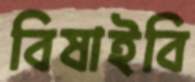
বিষাইবি